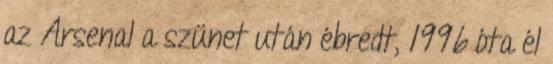
az Arsenal a szünet után ébredt, 1996 óta él